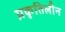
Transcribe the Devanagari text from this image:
प्रकृतिलीन